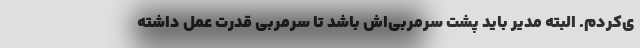
ی‌کردم. البته مدیر باید پشت سرمربی‌اش باشد تا سرمربی قدرت عمل داشته